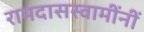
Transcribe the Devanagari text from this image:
रामदासस्वामींनीं